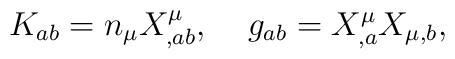
K_{ab} = n_{\mu} X^{\mu}_{,ab}, \;\;\;\;  g_{ab}=X^{\mu}_{,a} X_{\mu,b},